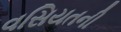
વસિયતની